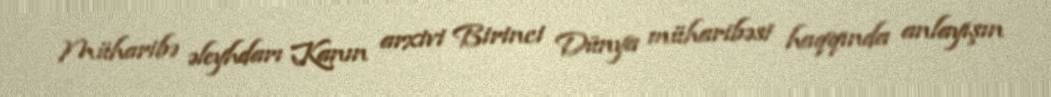
Müharibə əleyhdarı Kanın arxivi Birinci Dünya müharibəsi haqqında anlayışın